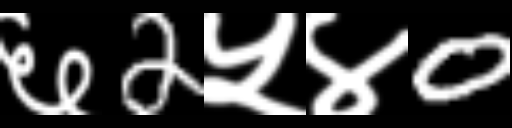
Text: ६2५४0